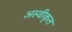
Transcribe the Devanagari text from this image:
अस्‍वीकृत